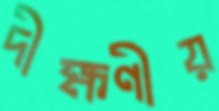
দীক্ষণীয়